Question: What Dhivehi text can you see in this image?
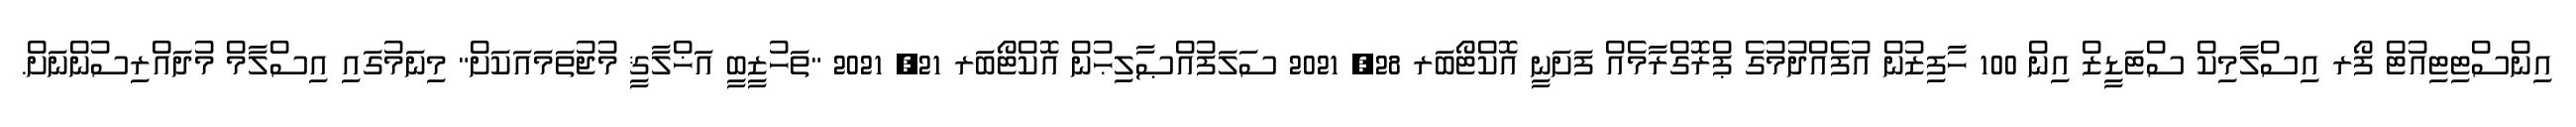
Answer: އިންސްޓިޓިއުޓް ފޯރ އިސްލާމިކް ސްޓަޑީޒް އިން 100 ހާފިޒުން އުފެއްދުމުގެ ޕްރޮގްރާމެއް ފަށަނީ އޮކްޓޯބަރ 28, 2021 ސަލަފުއްޞާލިޙުން އޮކްޓޯބަރ 21, 2021 "ތަހުޒީބީ އަޚްލާޤީ މުޖުތަމައަކަށް" މިނަމުގައި އިސްލާމް މުދައްރިސުންނަށް.